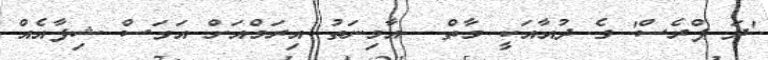
'ދަ ޕްރެސް' ގެ ދުއާއަކީ މާތް  އާމިނަތު އިރަމްއަށް އަވަސް ޝިފާއެއް